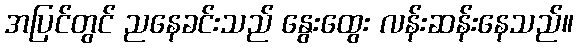
အပြင်တွင် ညနေခင်းသည် နွေးထွေး လန်းဆန်းနေသည်။